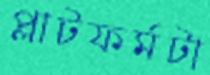
প্লাটফর্মটা